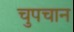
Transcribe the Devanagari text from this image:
चुपचान